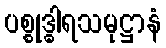
ပစ္စုဒ္ဓါရသမုဋ္ဌာနံ